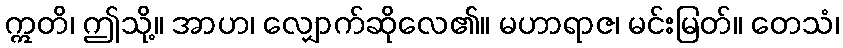
ဣတိ၊ ဤသို့။ အာဟ၊ လျှောက်ဆိုလေ၏။ မဟာရာဇ၊ မင်းမြတ်။ တေသံ၊